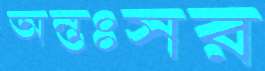
অন্তঃসর